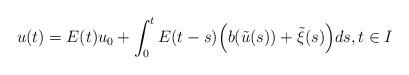
LaTeX: \begin{align*}u (t)=E(t)u_0+\int_0^t E(t-s) \Big(b( \tilde u (s))+\tilde \xi(s)\Big) ds,t\in I\end{align*}